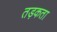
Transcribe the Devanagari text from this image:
तड़कता